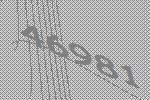
46981